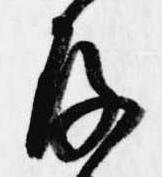
存